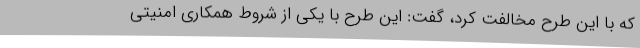
که با این طرح مخالفت کرد، گفت: این طرح با یکی از شروط همکاری امنیتی